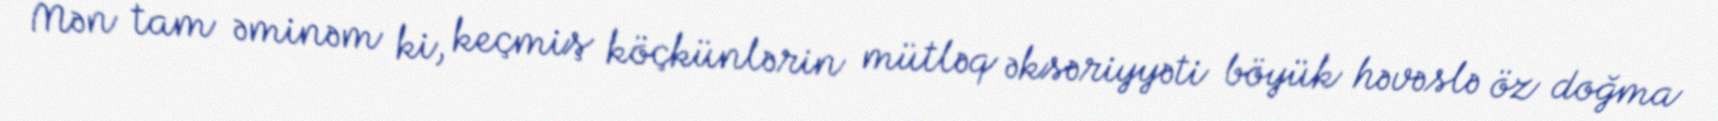
Mən tam əminəm ki, keçmiş köçkünlərin mütləq əksəriyyəti böyük həvəslə öz doğma